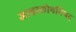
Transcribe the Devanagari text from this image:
जाबालोपनिषद्